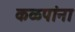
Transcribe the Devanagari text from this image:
कळपांना